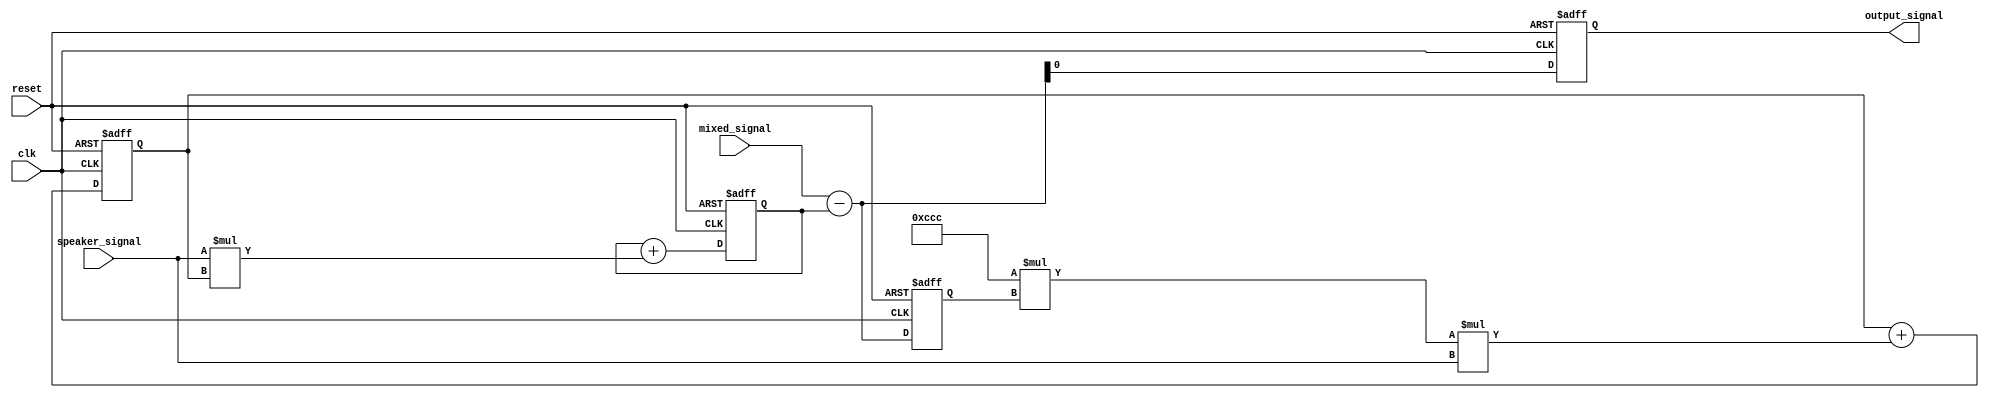
module aec (
    input wire clk,
    input wire reset,
    input wire  mixed_signal,      // 16-bit 
    input wire  speaker_signal,    // 16-bit 
    output reg  output_signal      // 16-bit 
);

// 
reg [15:0] cft;                       // 
reg [15:0] estimated_echo;                // 
reg [15:0] error_signal;                  // 
parameter mu = 16'h0CCC;                 // 0.05

always @(posedge clk or posedge reset) begin
//
    if (reset) begin
        output_signal <= 16'd0;
        estimated_echo <= 16'd0;
        error_signal <= 16'd0;
        cft <= 16'd0;

    end else begin
        
        //
        estimated_echo <= estimated_echo + (speaker_signal * cft);
        
        //
        output_signal <= mixed_signal - estimated_echo;

        // 
        error_signal <= mixed_signal - estimated_echo;

        // LMS

            cft <= cft + mu * error_signal * speaker_signal;
        
    end
end

endmodule